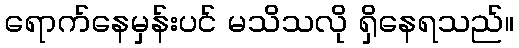
ရောက်နေမှန်းပင် မသိသလို ရှိနေရသည်။